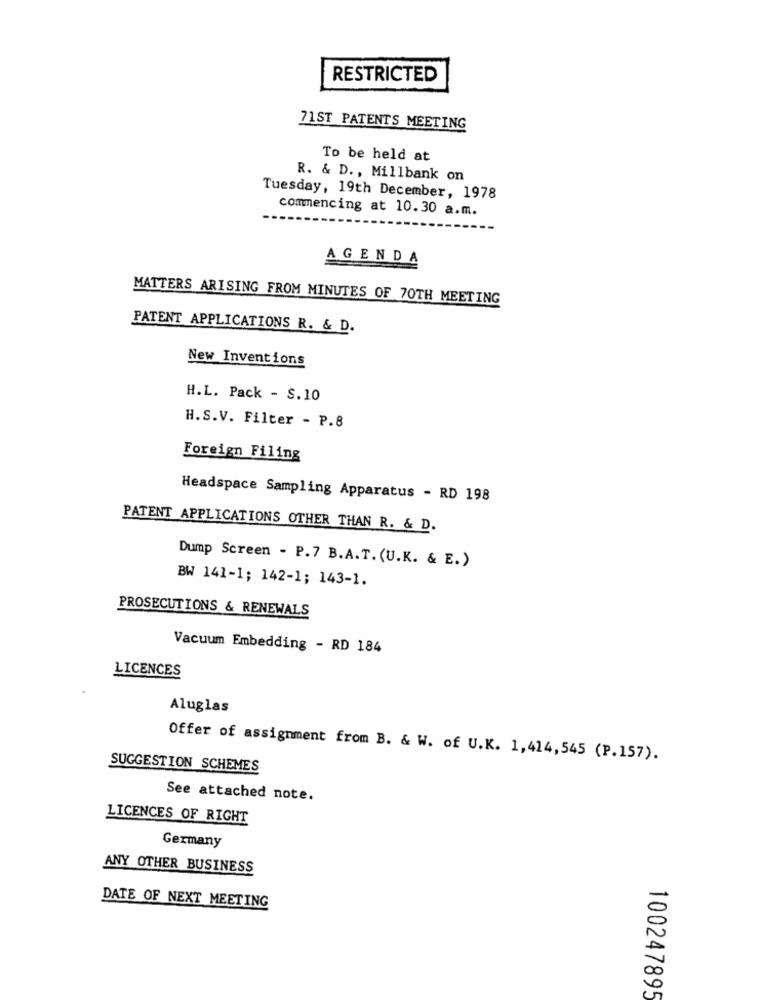
RESTRICTED
71ST PATENTS MEETING
To be held at
R. & D ., Millbank on
Tuesday, 19th December, 1978
commencing at 10.30 a.m.
AGENDA
MATTERS ARISING FROM MINUTES OF 70TH MEETING
PATENT APPLICATIONS R. & D.
New Inventions
H.L. Pack - S.10
H.S.V. Filter - P.8
Foreign Filing
Headspace Sampling Apparatus - RD 198
PATENT APPLICATIONS OTHER THAN R. & D.
Dump Screen - P.7 B.A.T. (U.K. & E.)
BW 141-1; 142-1; 143-1.
PROSECUTIONS & RENEWALS
Vacuum Embedding - RD 184
LICENCES
Aluglas
Offer of assignment from B. & W. of U.K. 1,414,545 (P.157).
SUGGESTION SCHEMES
See attached note.
LICENCES OF RIGHT
Germany
ANY OTHER BUSINESS
DATE OF NEXT MEETING
100247895